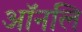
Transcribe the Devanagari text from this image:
ऑनलि